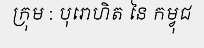
ក្រុម : បុរោហិត នៃ កម្វុជ